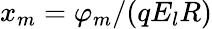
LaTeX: x_{m}=\varphi_{m}/(qE_{l}R)